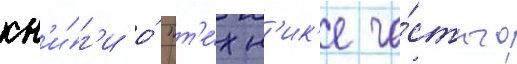
кн'и́г'и о́ "т'е́хн'ик'е ча́стного